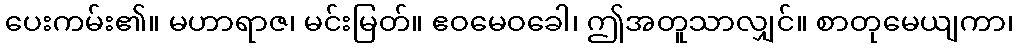
ပေးကမ်း၏။ မဟာရာဇ၊ မင်းမြတ်။ ဧဝမေဝခေါ၊ ဤအတူသာလျှင်။ စာတုမေယျကာ၊